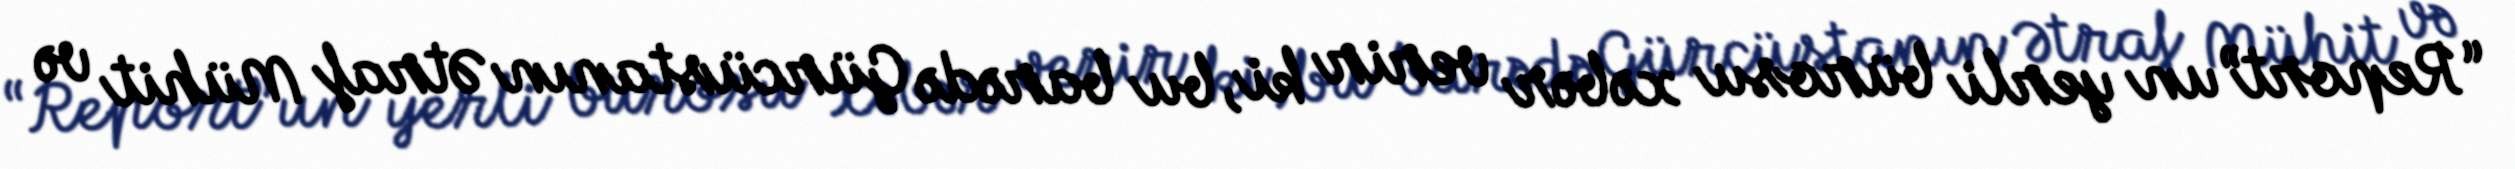
“Report”un yerli bürosu xəbər verir ki, bu barədə Gürcüstanın Ətraf Mühit və